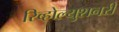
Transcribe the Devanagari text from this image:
रिव्होल्युशनरी